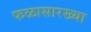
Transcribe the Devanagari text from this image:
फळासारख्या